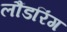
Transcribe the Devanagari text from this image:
लौंडरिंग